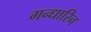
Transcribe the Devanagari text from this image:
गन्धारिन